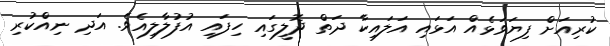
ކުރިއަށް ފިޔަވަޅެއް އަޅައި އަލައިކާ ދަތް ދޮލީގައި ހިފައި އުފުލާލިއެވެ. އަދި ނިއްކުރި